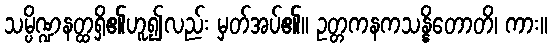
သမ္ပိဏ္ဍနတ္ထရှိ၏ဟူ၍လည်း မှတ်အပ်၏။ ဥတ္တကနကသန္နိတောတိ၊ ကား။